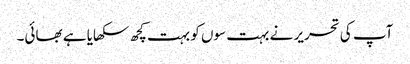
آپ کی تحریر نے بہت سوں کو بہت کچھ سکھایا ہے بھائی۔